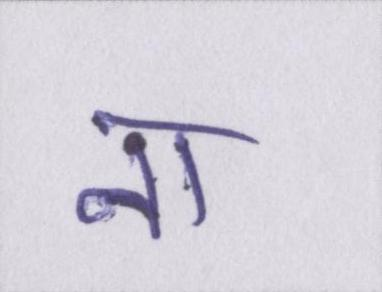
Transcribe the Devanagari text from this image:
ना